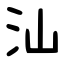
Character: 汕